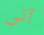
آنى